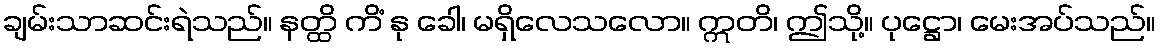
ချမ်းသာဆင်းရဲသည်။ နတ္ထိ ကိံ နု ခေါ၊ မရှိလေသလော။ ဣတိ၊ ဤသို့။ ပုဋ္ဌော၊ မေးအပ်သည်။